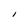
Character: I